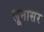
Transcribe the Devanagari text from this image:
लूनासर